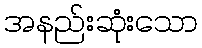
အနည်းဆုံးသော